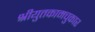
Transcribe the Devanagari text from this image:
श्रीयुतकामचुकार